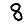
Digit: 8